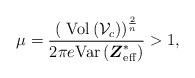
LaTeX: \begin{align*}\mu=\frac{\left(\mbox{ Vol}\left(\mathcal{V}_{c}\right)\right)^{\frac{2}{n}}}{2\pi e\textrm{Var}\left(\boldsymbol{Z}_{{\rm eff}}^{*}\right)}>1,\end{align*}